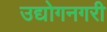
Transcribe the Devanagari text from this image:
उद्योगनगरी